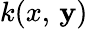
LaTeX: k(x,\, \mathbf{y})